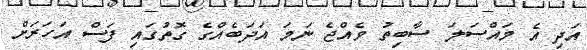
އަދި އެ މައްސަލަ ސާބިތު ވެއްޖެ ނަމަ އަދަބެއްގެ ގޮތުގައި ފަސް އަހަރަށް